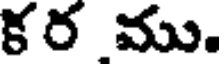
కర ము.